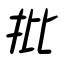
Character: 批